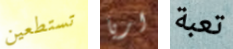
تستطعين اريا تعبة